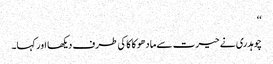
‘‘
چوہدری نے حیرت سے مادھو کاکا کی طرف دیکھا اور کہا۔